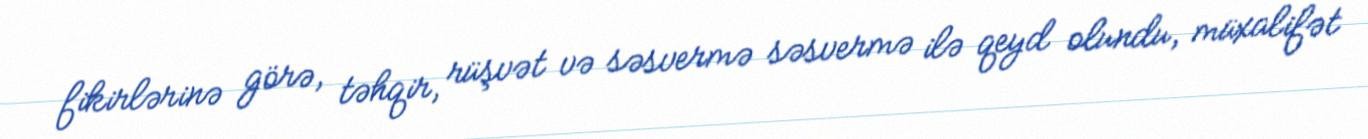
fikirlərinə görə, təhqir, rüşvət və səsvermə səsvermə ilə qeyd olundu, müxalifət